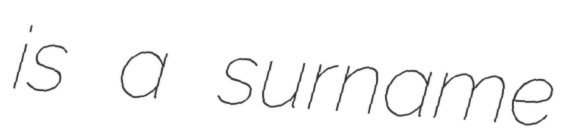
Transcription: is a surname